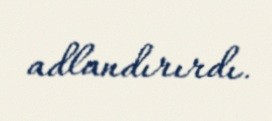
adlandırırdı.